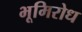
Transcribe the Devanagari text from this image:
भूमिरोध